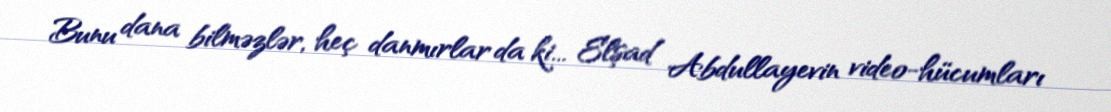
Bunu dana bilməzlər, heç danmırlar da ki... Elşad Abdullayevin video-hücumları